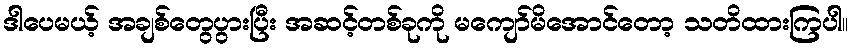
ဒါပေမယ့် အချစ်တွေပွားပြီး အဆင့်တစ်ခုကို မကျော်မိအောင်တော့ သတိထားကြပါ။